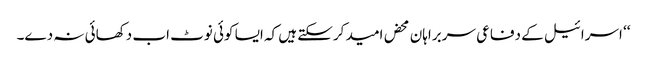
‘‘ اسرائیل کے دفاعی سربراہان محض امید کرسکتے ہیں کہ ایسا کوئی نوٹ اب دکھائی نہ دے۔